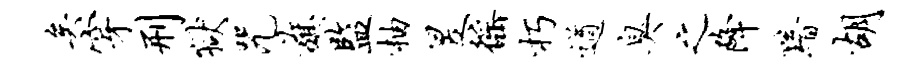
矣穿刑狱咒旗监柚昱徭朽遒臭之降黯胡